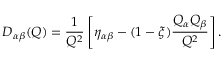
D _ { \alpha \beta } ( Q ) = \frac { 1 } { Q ^ { 2 } } \left[ \eta _ { \alpha \beta } - ( 1 - \xi ) \frac { Q _ { \alpha } Q _ { \beta } } { Q ^ { 2 } } \right] .